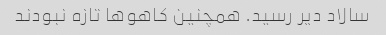
سالاد دیر رسید. همچنین کاهو‌ها تازه نبودند